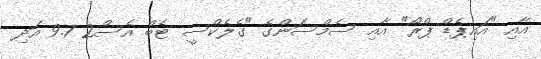
އާއި "އައިޕެޑް ޕްރޯ" އާއި ސެމްސަންގެ "ގެލެކްސީ ޓެބް އެސް2 9.7 އަދި